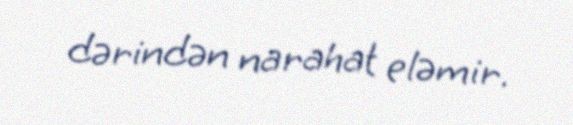
dərindən narahat eləmir.